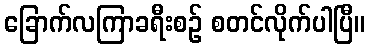
ခြောက်လကြာခရီးစဉ် စတင်လိုက်ပါပြီ။